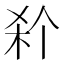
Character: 𭩭